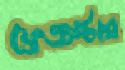
ফ্রেঞ্চস্টার